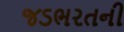
જડભરતની